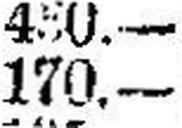
170.—